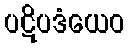
ပဋိပဒံယေဝ